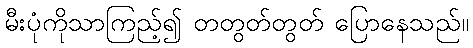
မီးပုံကိုသာကြည့်၍ တတွတ်တွတ် ပြောနေသည်။